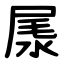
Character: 㞙